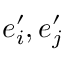
e _ { i } ^ { \prime } , e _ { j } ^ { \prime }